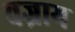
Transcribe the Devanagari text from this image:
वज्राय